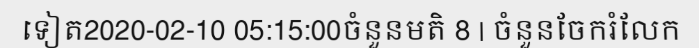
ទៀត2020-02-10 05:15:00ចំនួនមតិ 8 | ចំនួនចែករំលែក